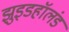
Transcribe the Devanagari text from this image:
झुइडहॉलंड